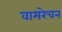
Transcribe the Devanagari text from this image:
वामरेचन